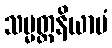
သမ္မတ္တနိယာမံ